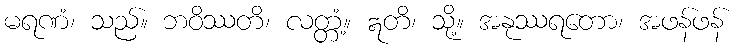
မရဏံ၊ သည်။ ဘဝိဿတိ၊ လတ္တံ့။ ဣတိ၊ သို့။ အနုဿရတော၊ အဖန်ဖန်